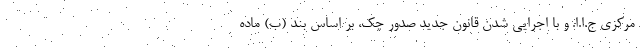
مرکزی ج.ا.ا. و با اجرایی شدن قانون جدید صدور چک، بر اساس بند (ب) ماده